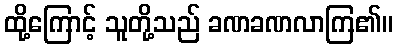
ထို့ကြောင့် သူတို့သည် ခဏခဏလာကြ၏။